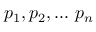
p _ { 1 } , p _ { 2 } , . . . \mathrm { ~ } p _ { n }